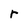
Character: r